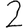
Digit: 2